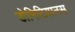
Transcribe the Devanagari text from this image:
डोमिटियानस